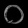
Digit: ၀